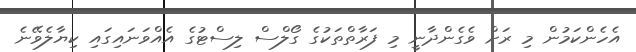
އެހެންކަމުން މި ރަށް ވެގެންދާނީ މި ފަރާތްތަކުގެ ގޯލްސް ލިސްޓުގެ އެއްވަނައިގައި ކިޔާލެވޭނެ